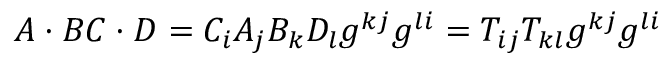
A \cdot B C \cdot D = C _ { i } A _ { j } B _ { k } D _ { l } g ^ { k j } g ^ { l i } = T _ { i j } T _ { k l } g ^ { k j } g ^ { l i }